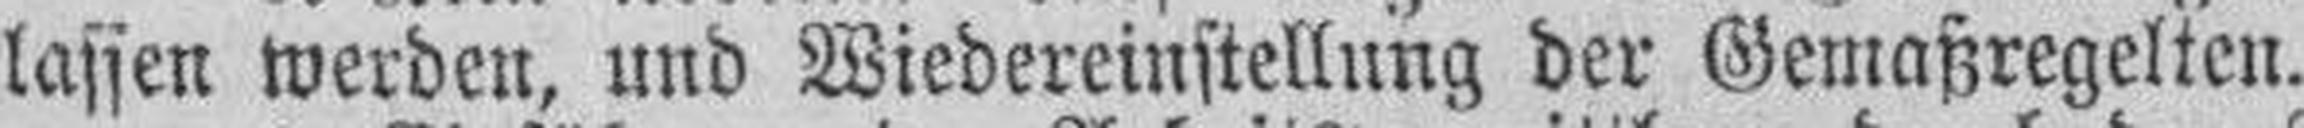
lassen werden, und Wiedereinstellung der Gemaßregelten.